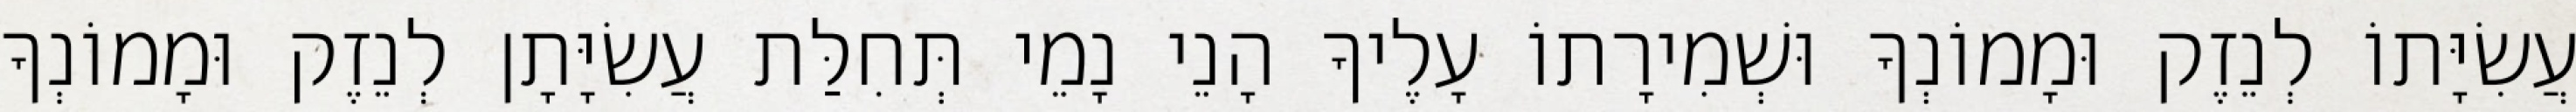
עֲשִׂיָּתוֹ לְנֵזֶק וּמָמוֹנְךָ וּשְׁמִירָתוֹ עָלֶיךָ הָנֵי נָמֵי תְּחִלַּת עֲשִׂיָּתָן לְנֵזֶק וּמָמוֹנְךָ